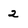
Character: 2